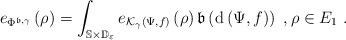
LaTeX: \begin{align*}e_{\Phi ^{\mathfrak{b},\gamma }}\left( \rho \right) =\int_{\mathbb{S}\times \mathbb{D}_{\varepsilon }}e_{\mathcal{K}_{\gamma }\left( \Psi ,f\right)}\left( \rho \right) \mathfrak{b}\left( \mathrm{d}\left( \Psi ,f\right)\right) \ ,\rho \in E_{1}\ . \end{align*}